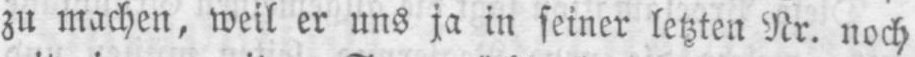
zu machen, weil er uns ja in seiner letzten Nr. noch